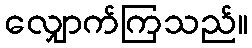
လျှောက်ကြသည်။